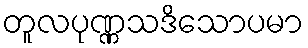
တူလပုဏ္ဏသဒိသောပမာ